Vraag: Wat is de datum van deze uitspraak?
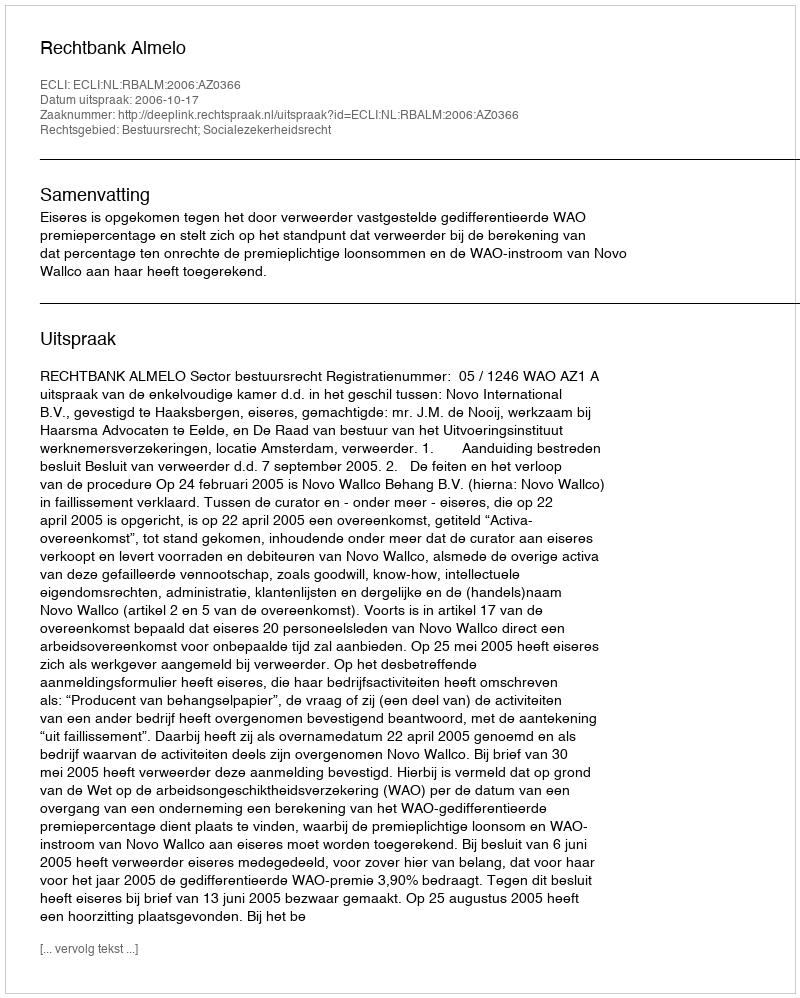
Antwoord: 2006-10-17